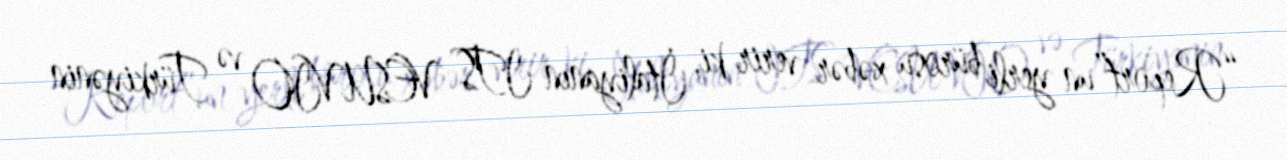
“Report”un yerli bürosu xəbər verir ki, İtaliyanın ITS VESUVIO və Türkiyənin